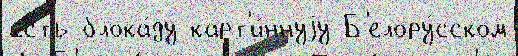
есть блока́ду карт'и́ннуjу Б'елору́сском